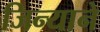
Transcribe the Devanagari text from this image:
जिन्याने